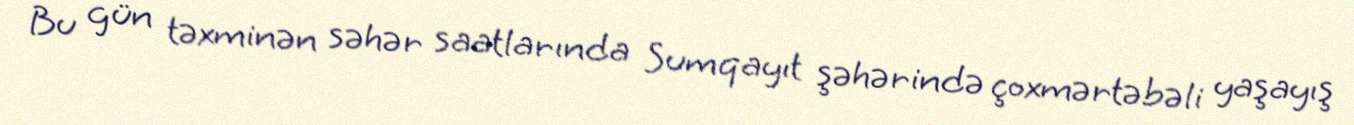
Bu gün təxminən səhər saatlarında Sumqayıt şəhərində çoxmərtəbəli yaşayış